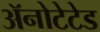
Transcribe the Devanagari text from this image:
ॲनोटेटेड